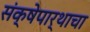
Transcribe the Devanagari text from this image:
संक्षेपार्थाचा